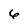
Character: 6